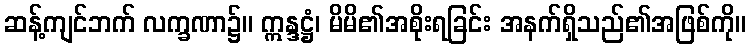
ဆန့်ကျင်ဘက် လက္ခဏာ၌။ ဣန္ဒဋ္ဌံ၊ မိမိ၏အစိုးရခြင်း အနက်ရှိသည်၏အဖြစ်ကို။